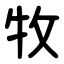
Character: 牧